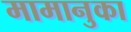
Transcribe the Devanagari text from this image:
मामानुका